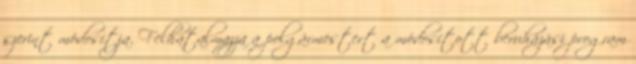
szerint módosítja. Felhatalmazza a polgármestert a módosított beruházási program